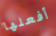
أفعلها